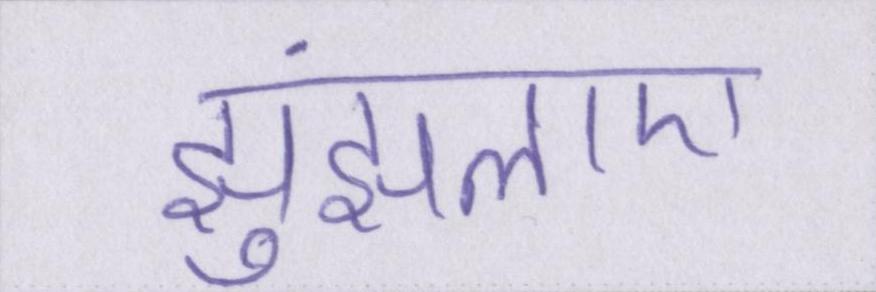
झुंझलाए